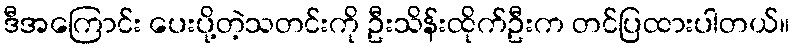
ဒီအကြောင်း ပေးပို့တဲ့သတင်းကို ဦးသိန်းထိုက်ဦးက တင်ပြထားပါတယ်။